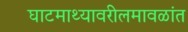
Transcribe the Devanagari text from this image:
घाटमाथ्यावरीलमावळांत